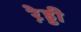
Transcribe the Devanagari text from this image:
रे़ड्डी